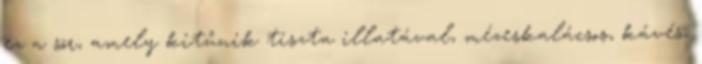
ez a sör, amely kitűnik tiszta illatával, mézeskalácsos, kávés,